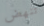
تنهض